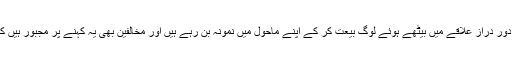
مَیں نے ابھی ایک مثال دی کہ کس طرح افریقہ کے دور دراز علاقے میں بیٹھے ہوئے لوگ بیعت کر کے اپنے ماحول میں نمونہ بن رہے ہیں اور مخالفین بھی یہ کہنے پر مجبور ہیں کہ حقیقی مسلمان دیکھنا ہے تو ان احمدیوں میں دیکھو۔